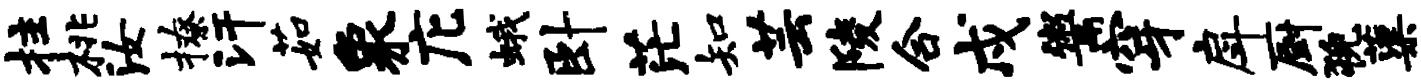
拄桃汝撩汗茹象庀蛾卧茫知芸陵合戍鬻穿戽厨猊蕖